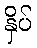
နှိပ်